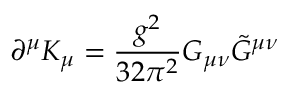
\partial ^ { \mu } K _ { \mu } = { \frac { g ^ { 2 } } { 3 2 \pi ^ { 2 } } } G _ { \mu \nu } { \tilde { G } } ^ { \mu \nu }